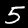
Digit: 5